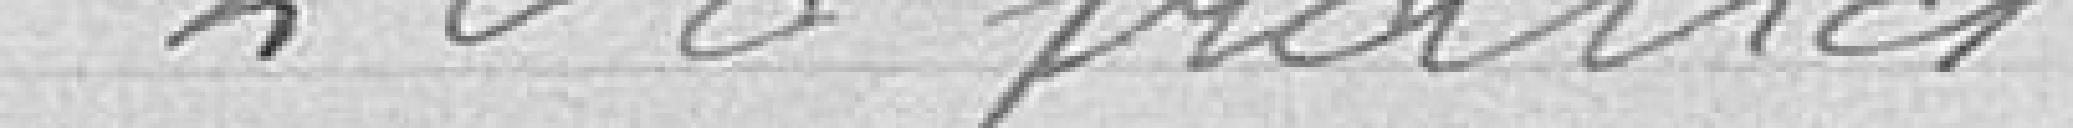
200 francs